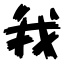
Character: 我